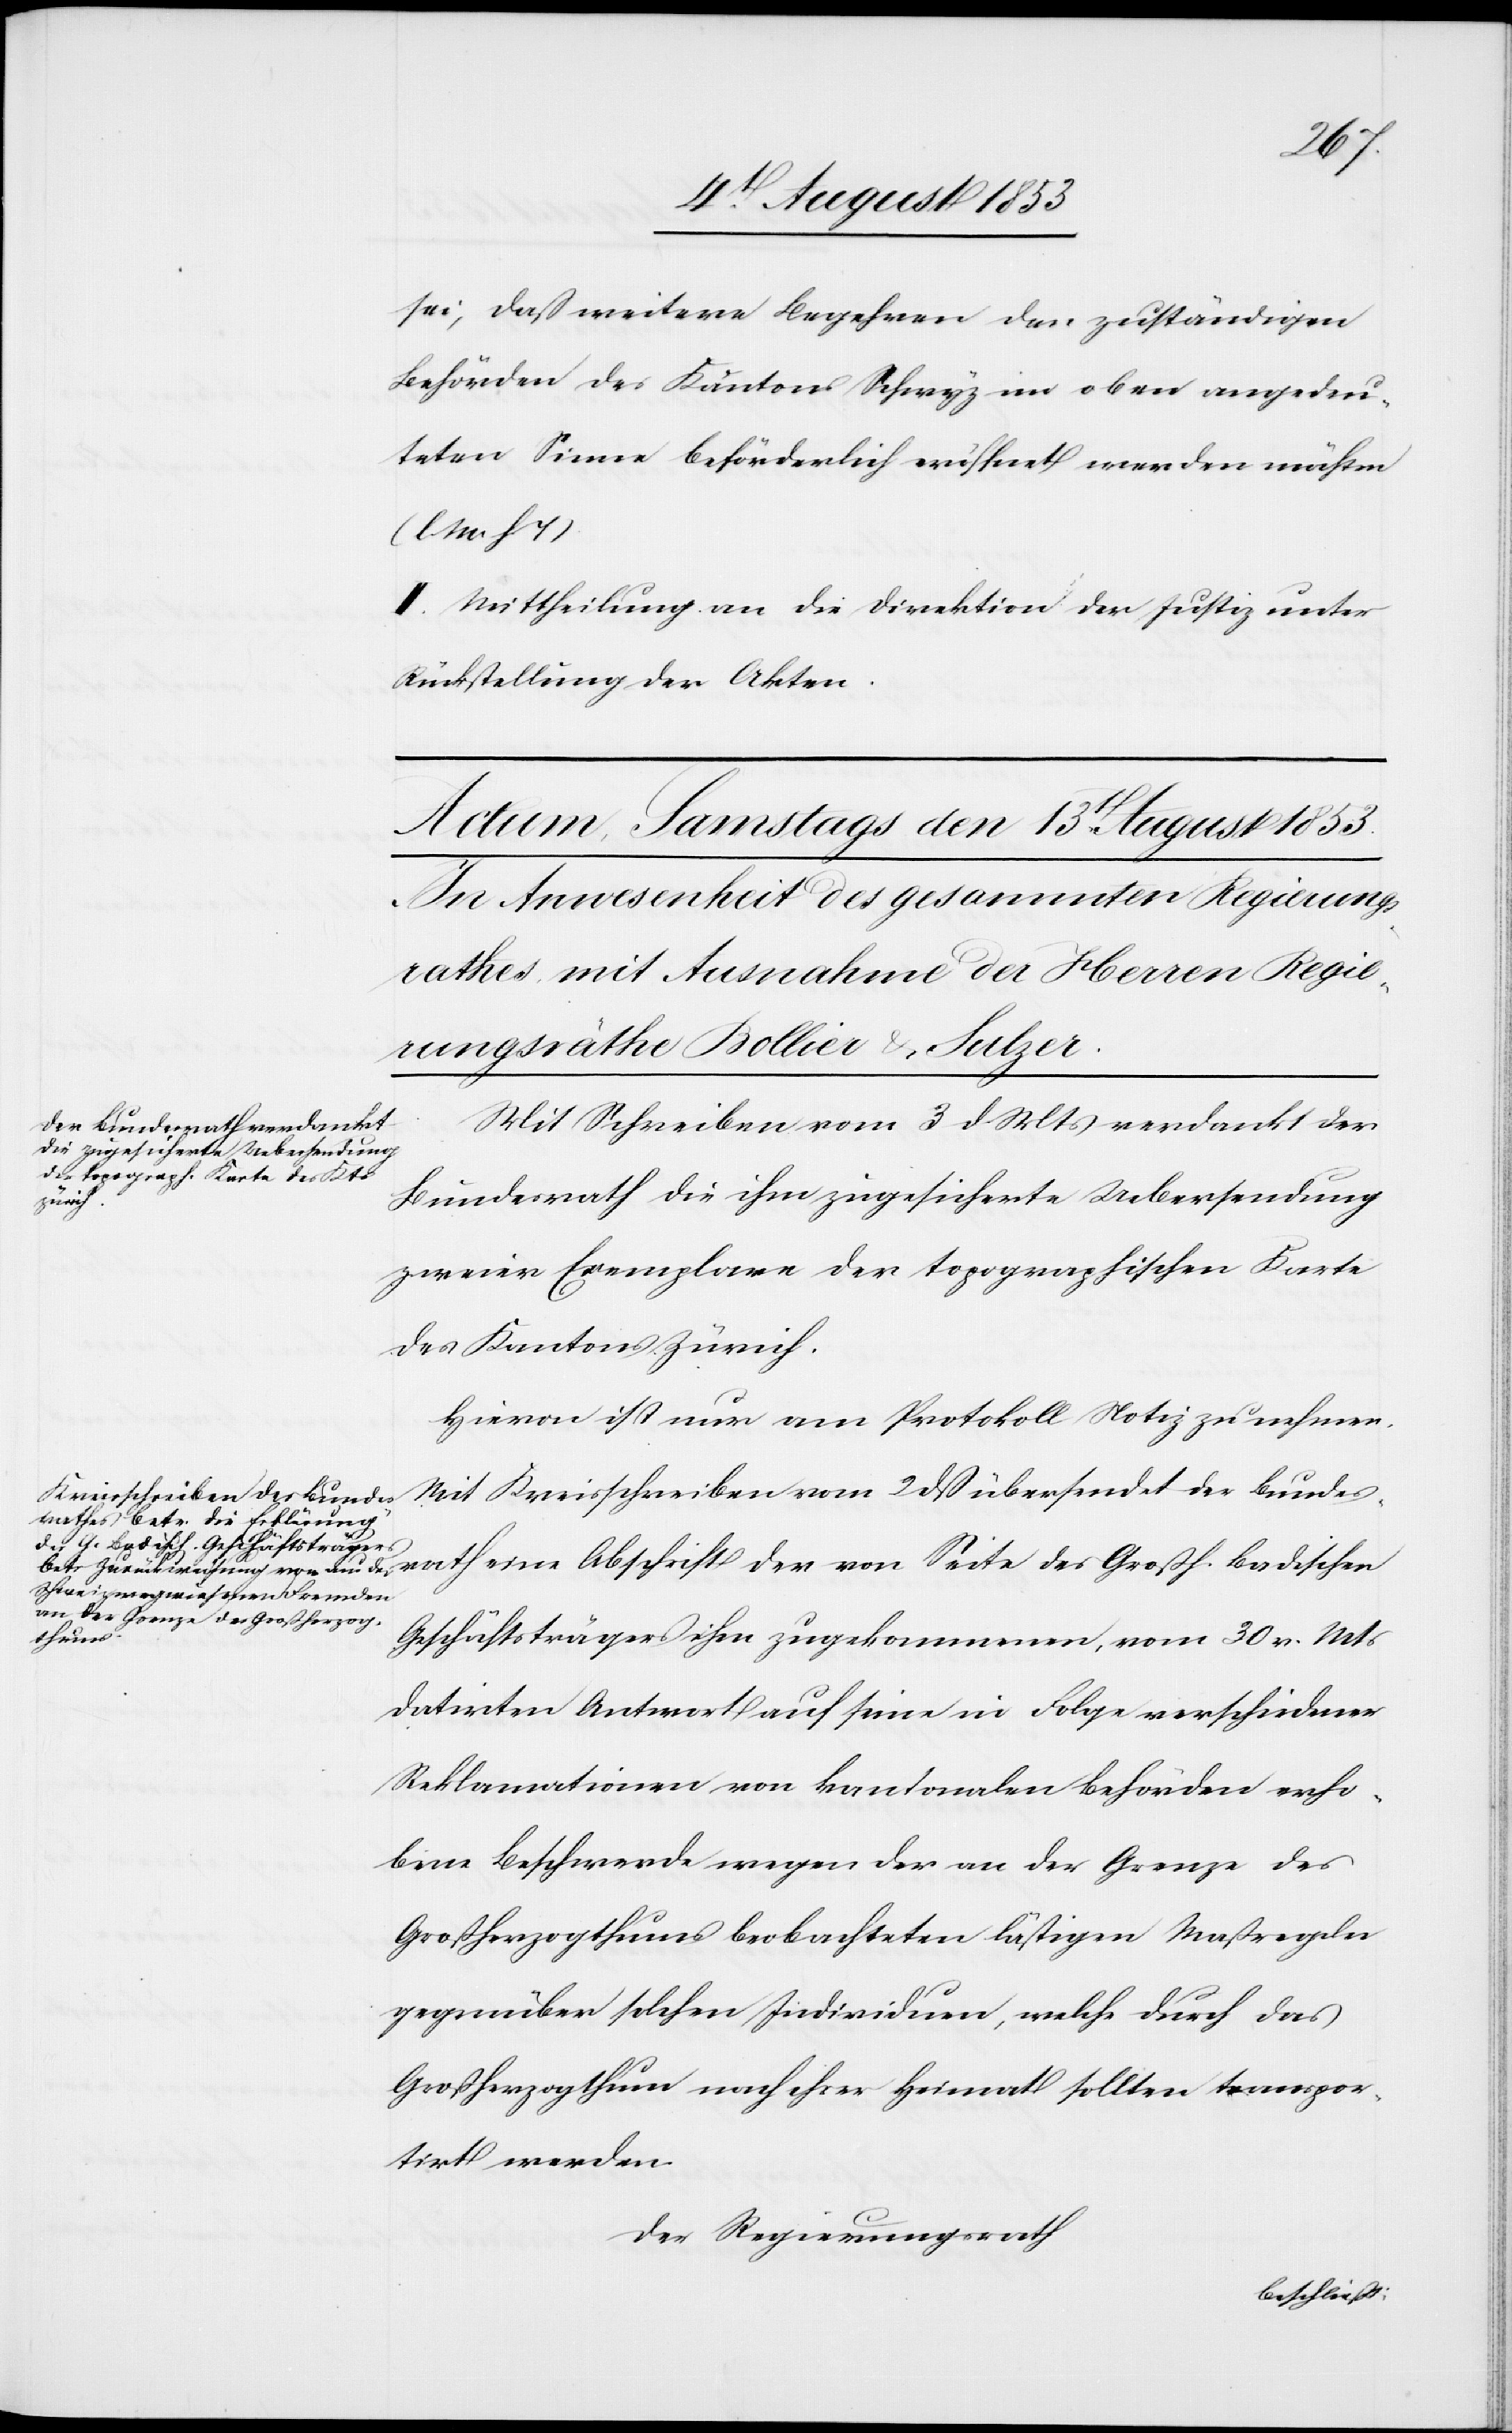
sei, daß weitere Begehren den zuständigen
Behörden des Kantons Schwyz im oben angedeu¬
teten Sinne beförderlich eröffnet werden möchten
[l. M. h.
II. Mittheilung an die Direktion der Justiz unter
Rückstellung der Akten.
Mit Schreiben vom 3 d. Mts. verdankt der
Bundesrath die ihm zugesicherte Uebersendung
zweier Exemplare der topographischen Karte
des Kantons Zürich.
Hievon ist nur am Protokoll Notiz zu nehmen.
Mit Kreisschreiben vom 2 dß übersendet der Bundesr¬
ath eine
Geschäftsträgers ihm zugekommenen, vom 30 v. Mts.
datirten Antwort auf seine in Folge verschiedener
Reklamationen von kantonalen Behörden erho¬
bene Beschwerde wegen der an der Grenze des
Großherzogthums beobachteten lästigen Maßregeln
gegenüber solchen Individuen, welche durch das
Großherzogthum nach ihrer Heimat sollten transpor¬
tirt werden.
Der Regierungsrath